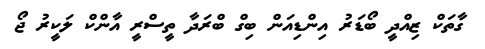
ގާތަކް ޒިއްދީ ބޯޑަރު އިންޑިއަން ބިގް ބްރަދާ ތީސްރީ އާންކް ލަކީރު ޖޯ